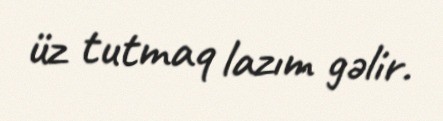
üz tutmaq lazım gəlir.